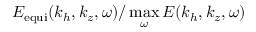
E _ { \mathrm { e q u i } } ( k _ { h } , k _ { z } , \omega ) / \operatorname* { m a x } _ { \omega } E ( k _ { h } , k _ { z } , \omega )